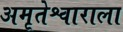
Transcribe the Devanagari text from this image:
अमृतेश्वाराला